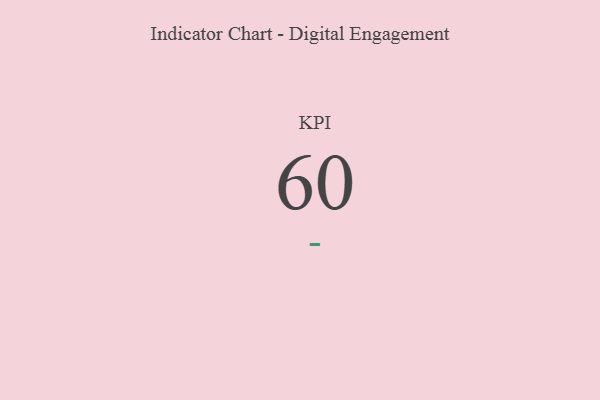
{"axis": {"x": "KPI", "y": "Value"}, "legend": [""], "data": [{"x": "KPI", "y": 60, "type": ""}]}